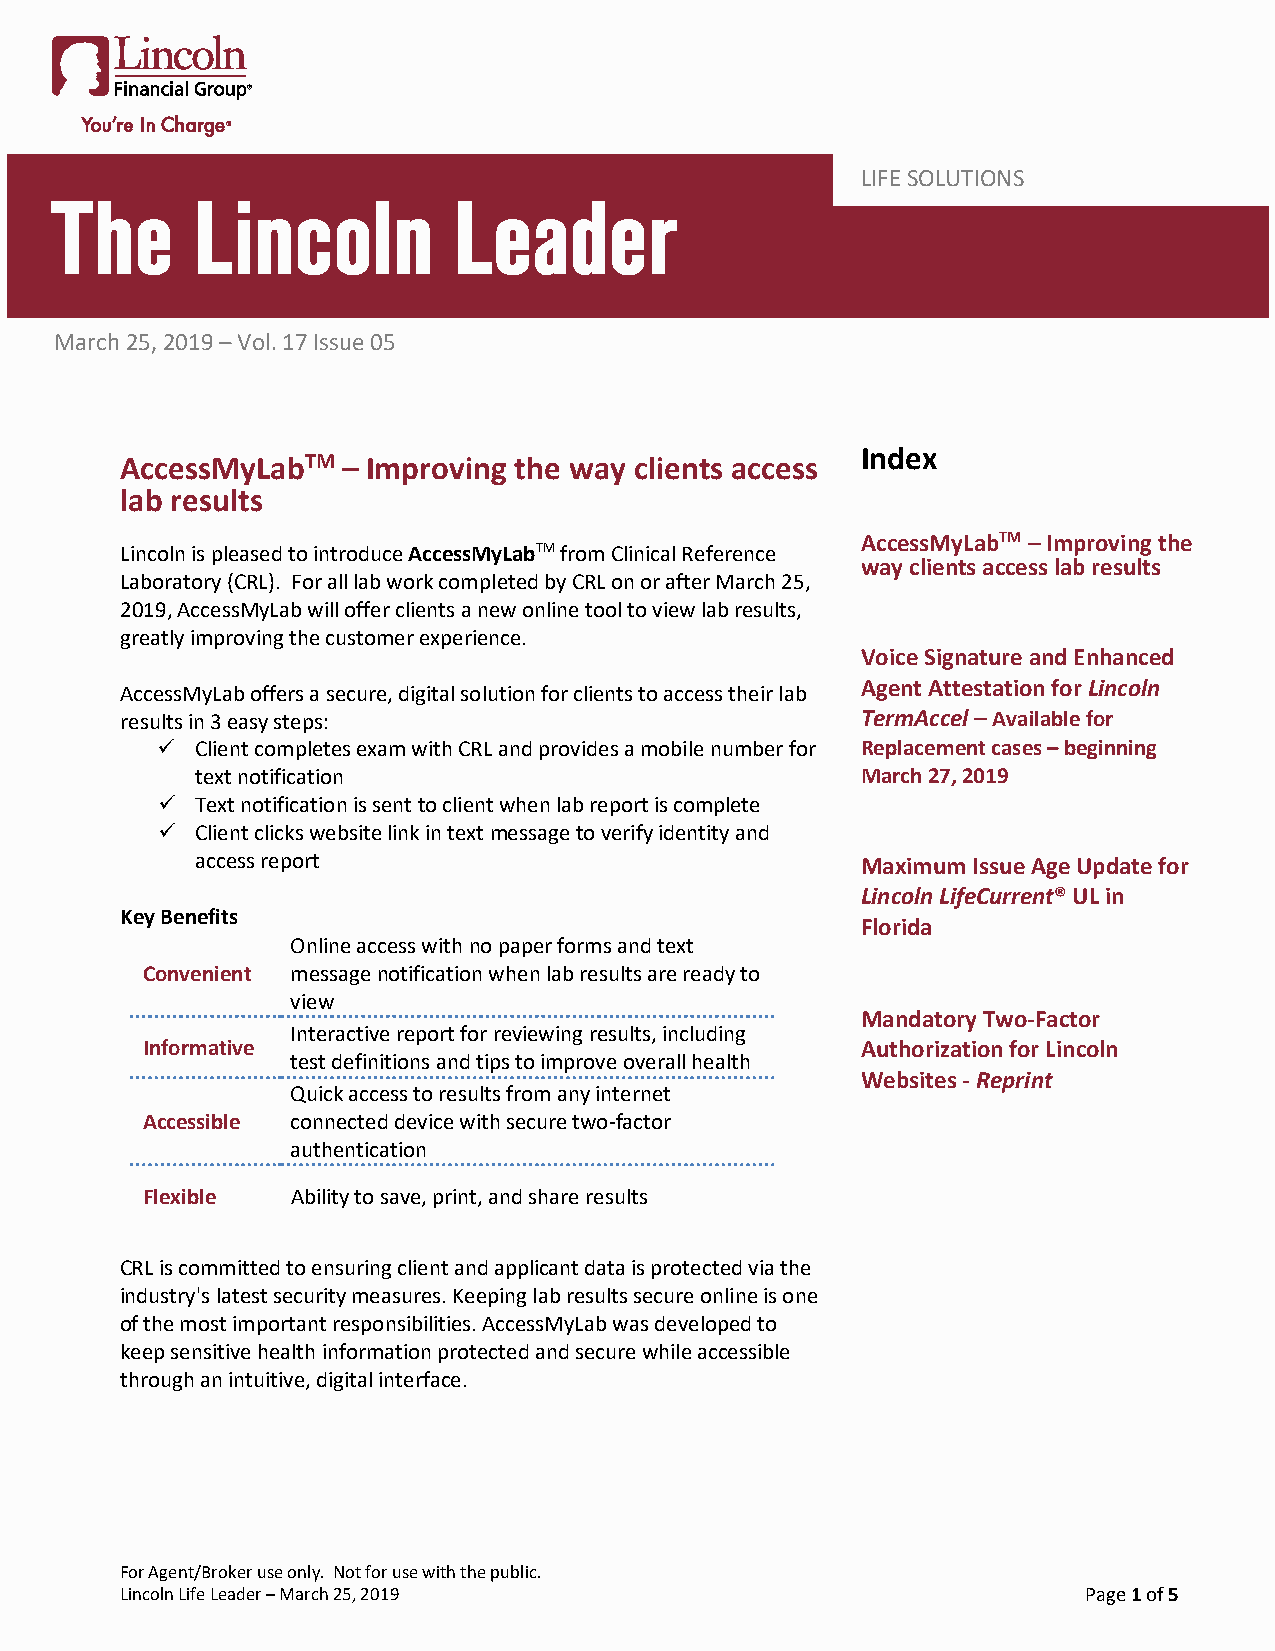
LLIFIFEE S IONLSUUTRIOANNSC E
 March 25, 2019 – Vol. 17 Issue 05
 Index
 AccessMyLabTM  – Improving the way clients access
 lab results
 AccessMyLabTM – Improving the
 Lincoln is pleased to introduce AccessMyLabTM from Clinical Reference
 way clients access lab results
 Laboratory (CRL). For all lab work completed by CRL on or after March 25,
 2019, AccessMyLab will offer clients a new online tool to view lab results,
 greatly improving the customer experience.
 Voice Signature and Enhanced
 AccessMyLab offers a secure, digital solution for clients to access their lab Agent Attestation for Lincoln
 results in 3 easy steps:                         TermAccel – Available for
   Client completes exam with CRL and provides a mobile number for Replacement cases – beginning
 text notification                           March 27, 2019
   Text notification is sent to client when lab report is complete
   Client clicks website link in text message to verify identity and
 access report                               Maximum Issue Age Update for
 Lincoln LifeCurrent® UL in
 Key Benefits
 Florida
 Online access with no paper forms and text
 Convenient message notification when lab results are ready to
 view
 Mandatory Two-Factor
 Interactive report for reviewing results, including
 Informative                                     Authorization for Lincoln
 test definitions and tips to improve overall health
 Websites - Reprint
 Quick access to results from any internet
 Accessible connected device with secure two-factor
 authentication
 Flexible  Ability to save, print, and share results
 CRL is committed to ensuring client and applicant data is protected via the
 industry's latest security measures. Keeping lab results secure online is one
 of the most important responsibilities. AccessMyLab was developed to
 keep sensitive health information protected and secure while accessible
 through an intuitive, digital interface.
 For Agent/Broker use only. Not for use with the public.
 Lincoln Life Leader – March 25, 2019                            Page 1 of 5